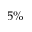
5 \%